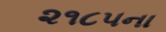
૨૧૮૫ના